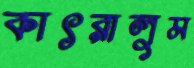
কাৎরালুম